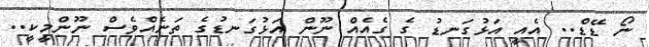
ނޯ ޑޭޑް.. އެއީ އަޅުގަނޑު ގެ ގެއެއް ނޫން އަޅުގަނޑުގެ ތަނެއްވެސް ނޫންމީކީ..